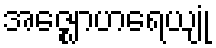
အဇ္ဈောဟရေယျုံ